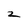
Character: 2